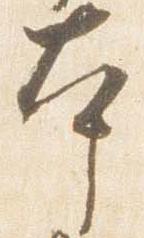
本